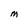
Character: M